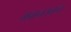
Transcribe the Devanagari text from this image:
भवानरावांचा